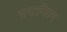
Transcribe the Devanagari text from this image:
ससानियन